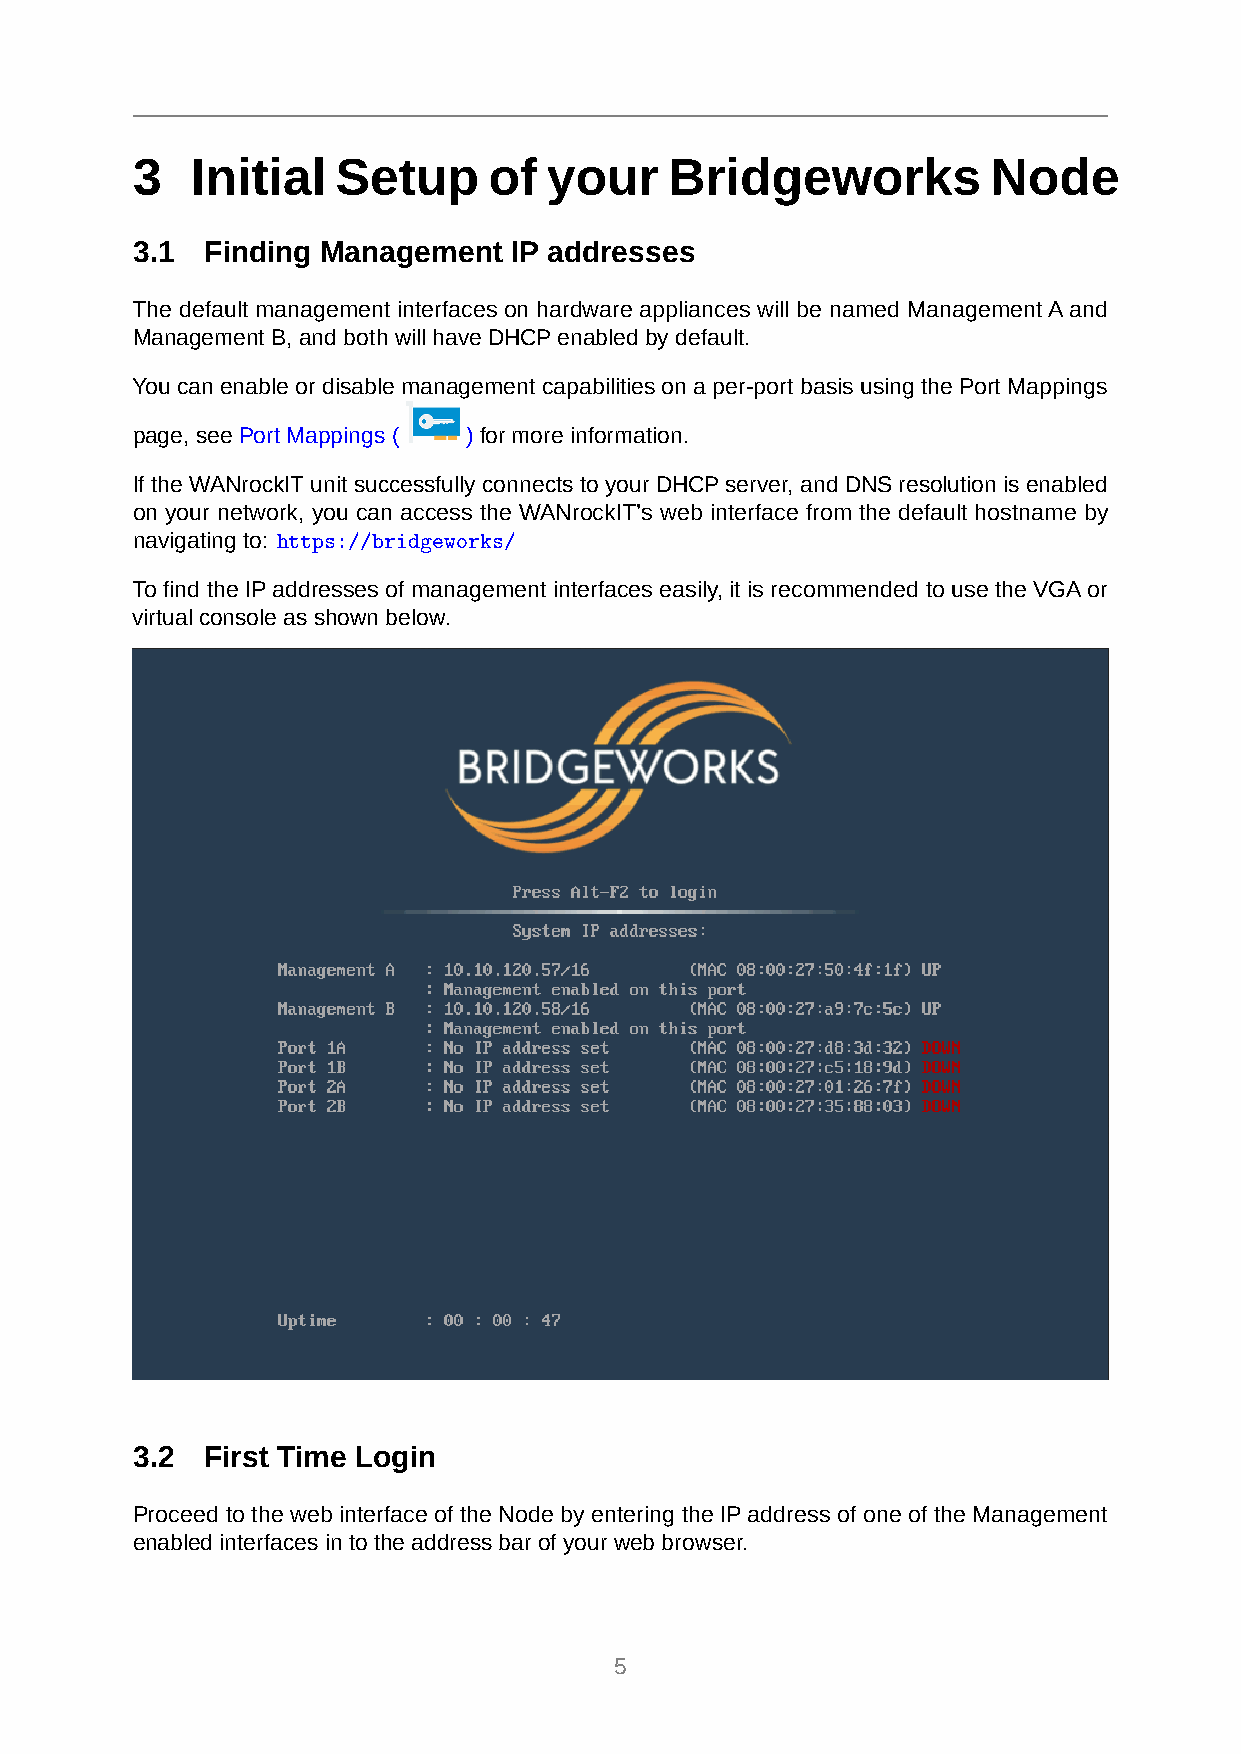
3   Initial  Setup     of  your    Bridgeworks           Node
 3.1  Finding Management  IP addresses
 The default management interfaces on hardware appliances will be named ManagementAand
 Management B, and both will have DHCPenabled by default.
 You can enable or disable management capabilities on a per-port basis using the Port Mappings
 page, see Port Mappings ( ) for more information.
 If the WANrockITunit successfully connects to your DHCPserver, and DNS resolution is enabled
 on your network, you can access the WANrockIT’s web interface from the default hostname by
 navigating to: https://bridgeworks/
 To find the IPaddresses of management interfaces easily, it is recommended to use the VGAor
 virtual console as shown below.
 3.2  First Time Login
 Proceed to the web interface of the Node by entering the IPaddress of one of the Management
 enabled interfaces in to the address bar of your web browser.
 5